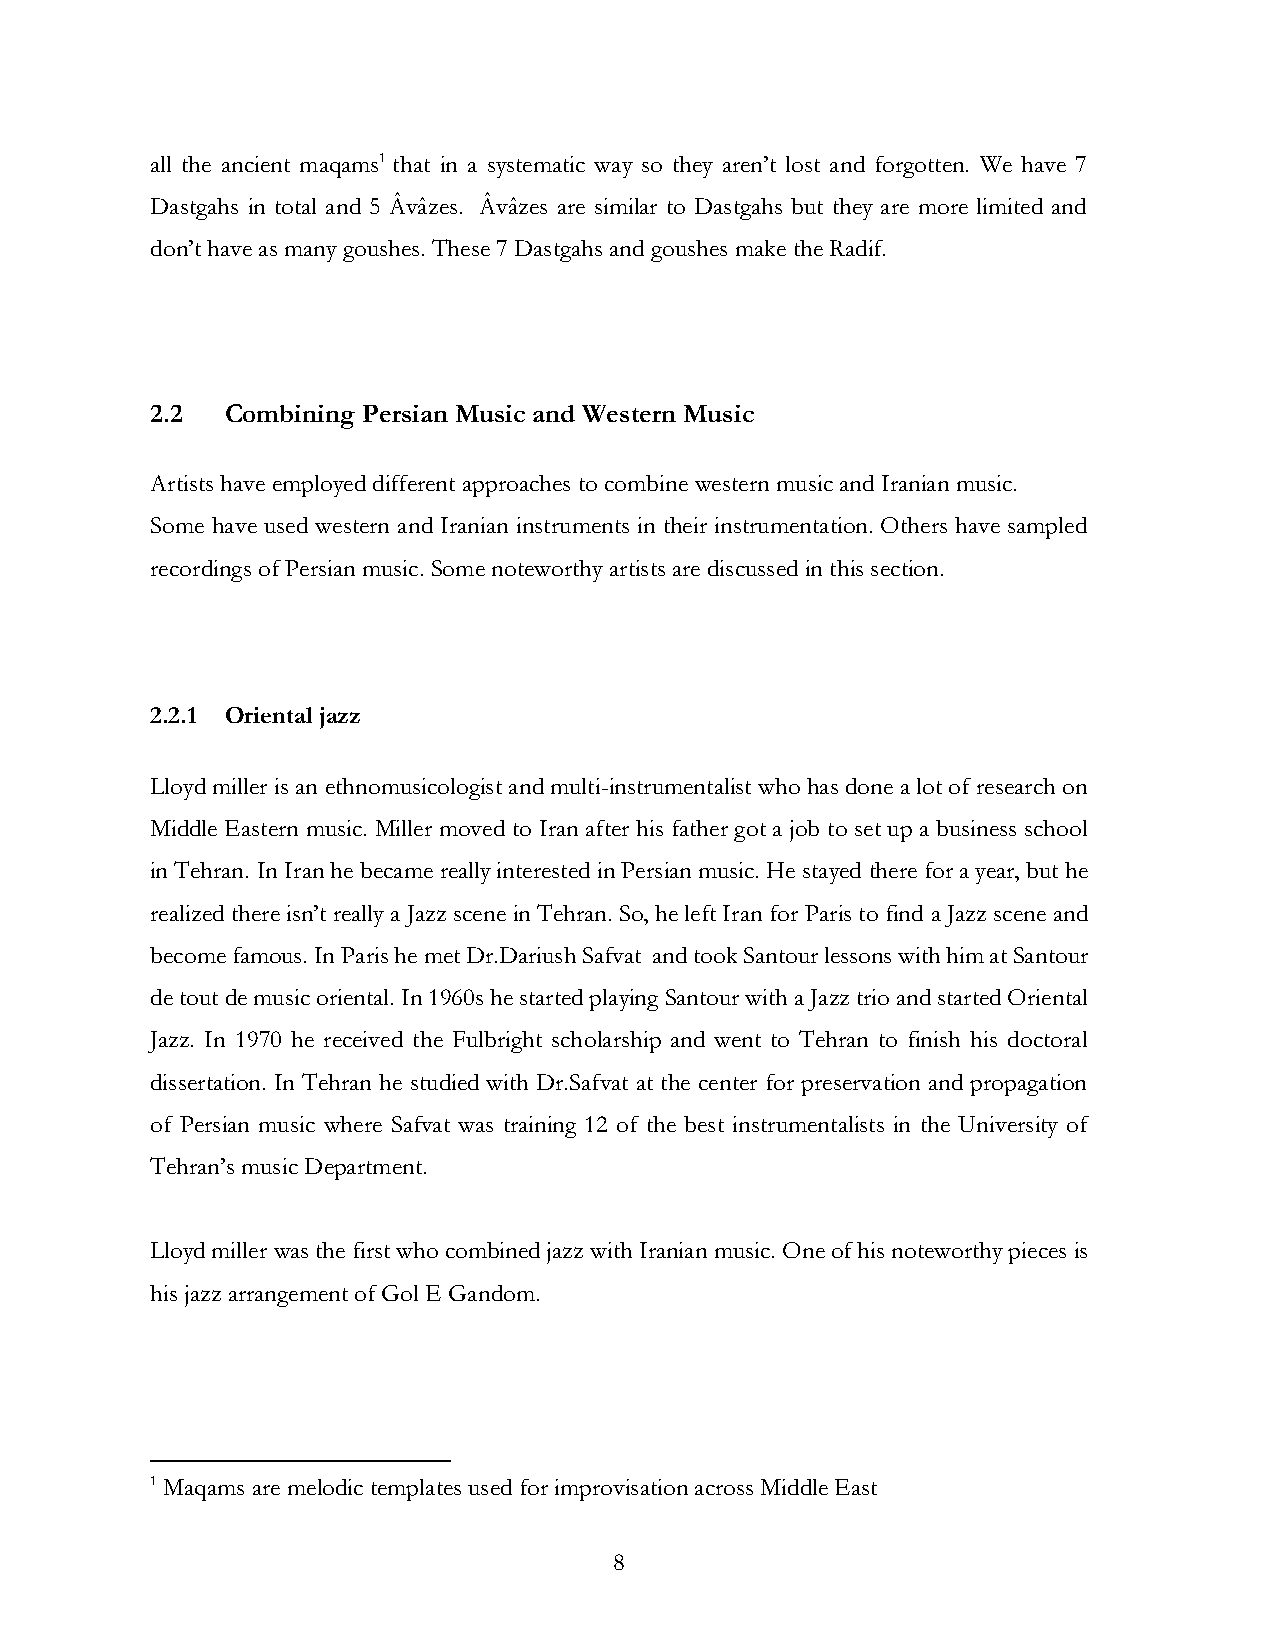
all the ancient maqams1 that in a systematic way so they aren’t lost and forgotten. We have 7
 Dastgahs in total and 5 Âvâzes. Âvâzes are similar to Dastgahs but they are more limited and
 don’t have as many goushes. These 7 Dastgahs and goushes make the Radif.
 2.2  Combining Persian Music and Western Music
 Artists have employed different approaches to combine western music and Iranian music.
 Some have used western and Iranian instruments in their instrumentation. Others have sampled
 recordings of Persian music. Some noteworthy artists are discussed in this section.
 2.2.1 Oriental jazz
 Lloyd miller is an ethnomusicologist and multi-instrumentalist who has done a lot of research on
 Middle Eastern music. Miller moved to Iran after his father got a job to set up a business school
 in Tehran. In Iran he became really interested in Persian music. He stayed there for a year, but he
 realized there isn’t really a Jazz scene in Tehran. So, he left Iran for Paris to find a Jazz scene and
 become famous. In Paris he met Dr.Dariush Safvat and took Santour lessons with him at Santour
 de tout de music oriental. In 1960s he started playing Santour with a Jazz trio and started Oriental
 Jazz. In 1970 he received the Fulbright scholarship and went to Tehran to finish his doctoral
 dissertation. In Tehran he studied with Dr.Safvat at the center for preservation and propagation
 of Persian music where Safvat was training 12 of the best instrumentalists in the University of
 Tehran’s music Department.
 Lloyd miller was the first who combined jazz with Iranian music. One of his noteworthy pieces is
 his jazz arrangement of Gol E Gandom.
 1 Maqams are melodic templates used for improvisation across Middle East
 8